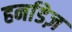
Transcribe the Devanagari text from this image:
हर्नाडेज़